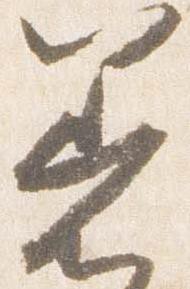
着